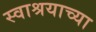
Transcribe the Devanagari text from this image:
स्वाश्रयाच्या